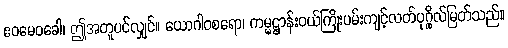
ဧဝမေဝခေါ၊ ဤအတူပင်လျှင်။ ယောဂါဝစရော၊ ကမ္မဋ္ဌာန်းဝယ်ကြိုးပမ်းကျင့်လတ်ပုဂ္ဂိုလ်မြတ်သည်။